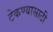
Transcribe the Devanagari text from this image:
टेकण्यासाठी